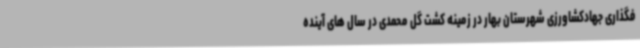
فگذاری جهادکشاورزی شهرستان بهار در زمینه کشت گل محمدی در سال های آینده